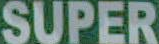
SUPER